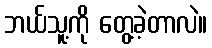
ဘယ်သူ့ကို တွေ့ခဲ့တာလဲ။